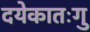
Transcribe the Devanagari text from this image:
दयेकातःगु